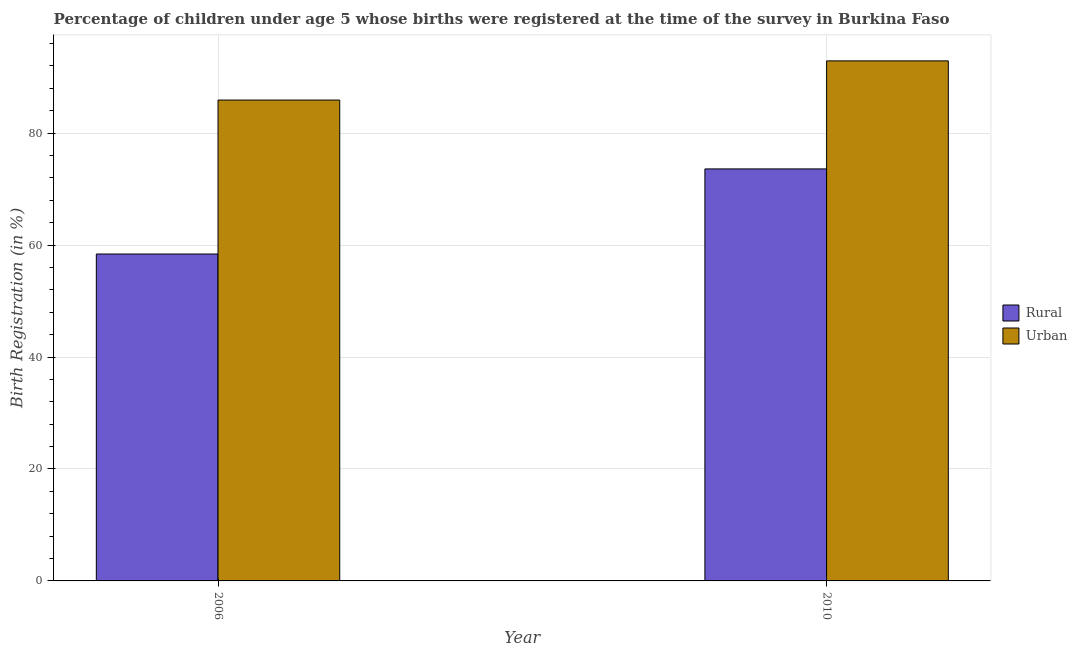
| Year | Rural | Urban |
 | --- | --- | --- |
 | 2006 | 58.4 | 85.9 |
 | 2010 | 73.6 | 92.9 |